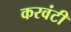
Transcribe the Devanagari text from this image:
करवंटी